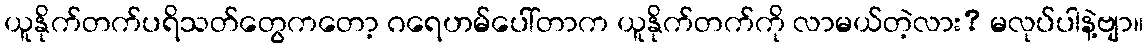
ယူနိုက်တက်ပရိသတ်တွေကတော့ ဂရေဟမ်ပေါ်တာက ယူနိုက်တက်ကို လာမယ်တဲ့လား? မလုပ်ပါနဲ့ဗျာ။